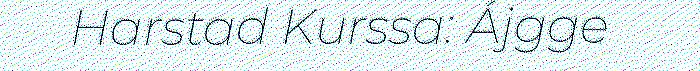
Harstad Kurssa: Ájgge